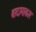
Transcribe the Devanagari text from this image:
बादामाकार